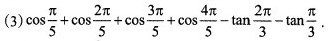
(3)$$\cos \frac { π } { 5 } + \cos \frac { 2 π } { 5 } + \cos \frac { 3 π } { 5 } + \cos \frac { 4π } { 5 } - \tan \frac { 2 π } { 3 } - \tan \frac { π } { 3 }$$.